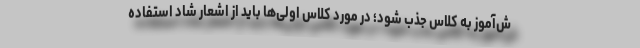
ش‌آموز به کلاس جذب شود؛ در مورد کلاس اولی‌ها باید از اشعار شاد استفاده